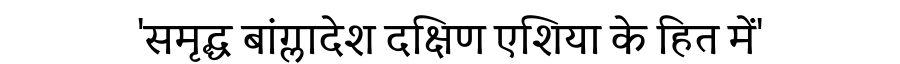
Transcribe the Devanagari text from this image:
'समृद्ध बांग्लादेश दक्षिण एशिया के हित में'